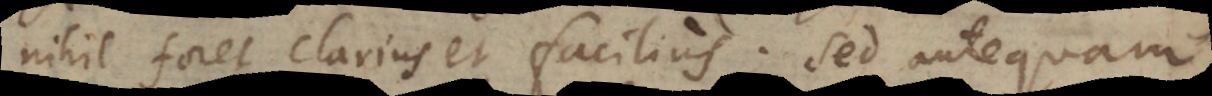
nihil foret clarius et facilius. Sed antequam